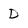
Character: D